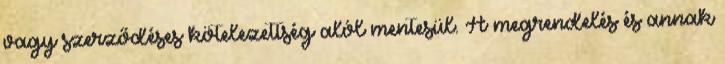
vagy szerződéses kötelezettség alól mentesül. A megrendelés és annak